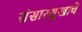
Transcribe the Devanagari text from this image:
संसारसुखाचे